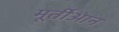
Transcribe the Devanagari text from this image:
मूर्तीआन